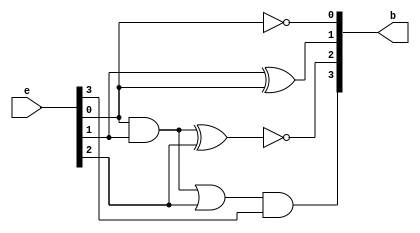
module Excess3_to_BCD(b, e);
	input [3:0] e;
	output [3:0] b;
	wire w1,w2; 			// w1=e[0]|e[1], w2=w1&e[2];

	not(b[0], e[0]);
	xor(b[1], e[1], e[0]);
	and(w1, e[0], e[1]);
	xnor(b[2], w1, e[2]);
	or(w2, w1, e[2]);
	and(b[3], w2, e[3]);
endmodule

module Excess3_to_BCD_tb;
	reg [3:0] Excess3;
	wire [3:0] BCD;

	Excess3_to_BCD e2b(.b(BCD), .e(Excess3));

	initial begin
		// input 4'b0000 to 4'b0010 were ignored
		Excess3 = 4'b0011; #50;
		Excess3 = 4'b0100; #50;
		Excess3 = 4'b0101; #50;
		Excess3 = 4'b0110; #50;
		Excess3 = 4'b0111; #50;
		Excess3 = 4'b1000; #50;
		Excess3 = 4'b1001; #50;
		Excess3 = 4'b1010; #50;
		Excess3 = 4'b1011; #50;
		Excess3 = 4'b1100; #50;
		// input 4'b1101 to 4'b1111 were ignored
	end
endmodule